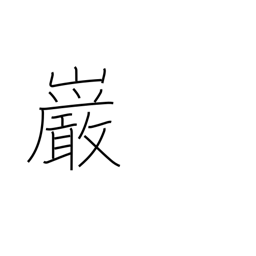
Meaning: boulder